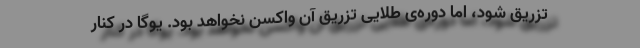
تزریق شود، اما دوره‌ی طلایی تزریق آن واکسن نخواهد بود. یوگا در کنار